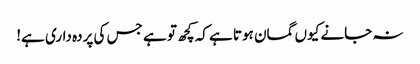
نہ جانے کیوں گمان ہوتا ہے کہ کچھ تو ہے جس کی پردہ داری ہے!